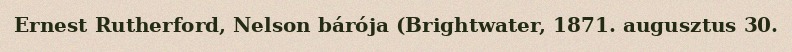
Ernest Rutherford, Nelson bárója (Brightwater, 1871. augusztus 30.